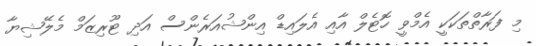
މި ފަރާތްތަކަކީ އެމްވީ ހޮޓެލް އާއި އެލައިޑް އިންޝުއަރެންސް އަދި ޓޫރިޒަމް މެލޭޝިޔާ